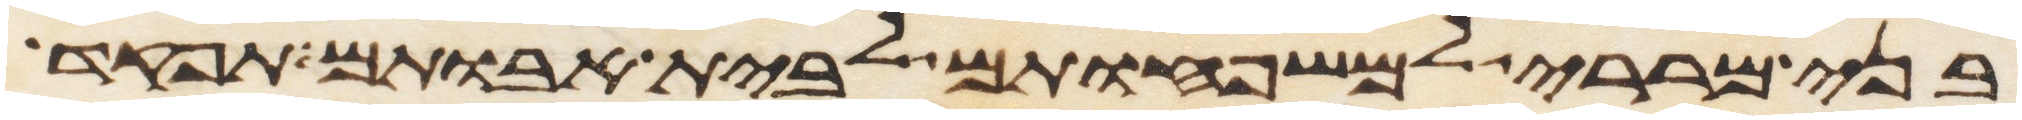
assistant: בני מררי למשפחותם לבית אבותם תפקד